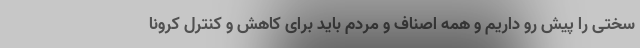
سختی را پیش رو داریم و همه اصناف و مردم باید برای کاهش و کنترل کرونا